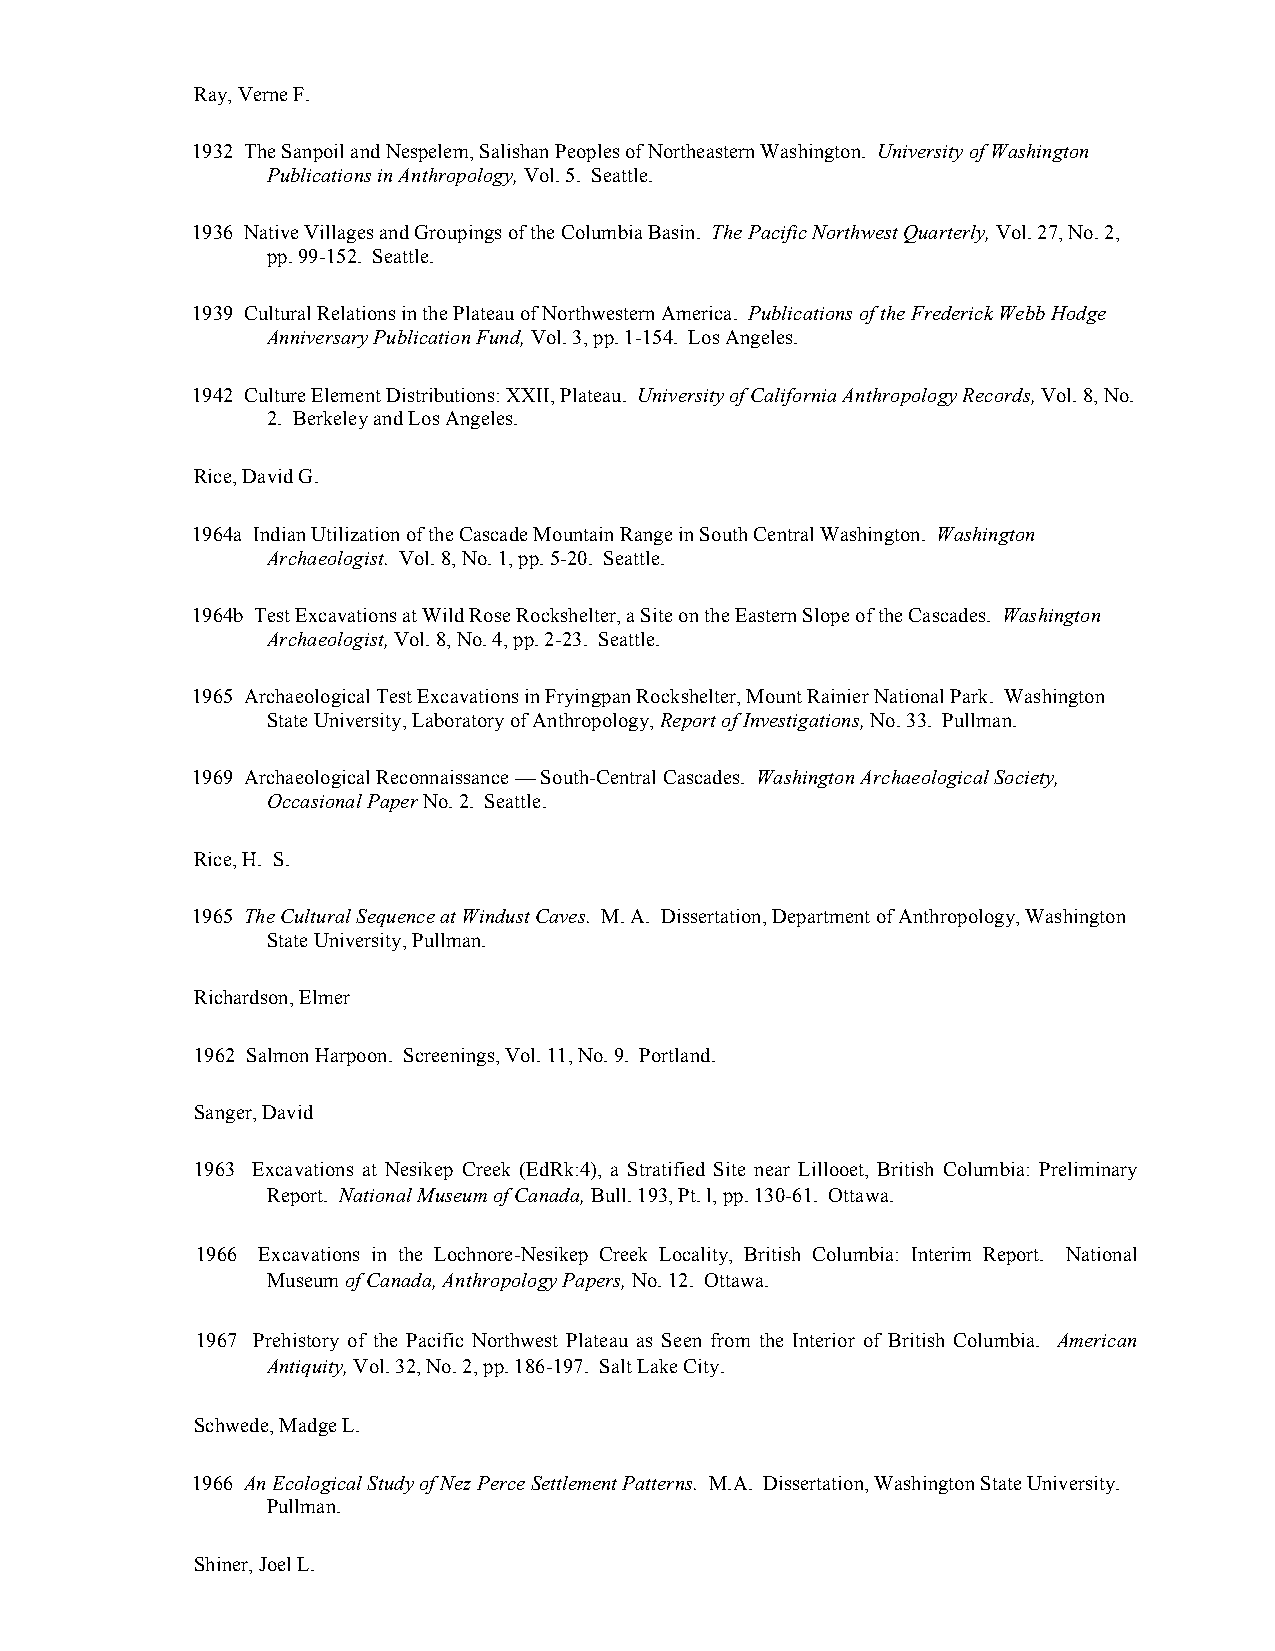
Ray, Verne F.
 1932 The Sanpoil and Nespelem, Salishan Peoples of Northeastern Washington. University of Washington
 Publications in Anthropology, Vol. 5. Seattle.
 1936 Native Villages and Groupings of the Columbia Basin. The Pacific Northwest Quarterly, Vol. 27, No. 2,
 pp. 99-152. Seattle.
 1939 Cultural Relations in the Plateau of Northwestern America. Publications of the Frederick Webb Hodge
 Anniversary Publication Fund, Vol. 3, pp. 1-154. Los Angeles.
 1942 Culture Element Distributions: XXII, Plateau. University of California Anthropology Records, Vol. 8, No.
 2. Berkeley and Los Angeles.
 Rice, David G.
 1964a Indian Utilization of the Cascade Mountain Range in South Central Washington. Washington
 Archaeologist. Vol. 8, No. 1, pp. 5-20. Seattle.
 1964b Test Excavations at Wild Rose Rockshelter, a Site on the Eastern Slope of the Cascades. Washington
 Archaeologist, Vol. 8, No. 4, pp. 2-23. Seattle.
 1965 Archaeological Test Excavations in Fryingpan Rockshelter, Mount Rainier National Park. Washington
 State University, Laboratory of Anthropology, Report of Investigations, No. 33. Pullman.
 1969 Archaeological Reconnaissance — South-Central Cascades. Washington Archaeological Society,
 Occasional Paper No. 2. Seattle.
 Rice, H. S.
 1965 The Cultural Sequence at Windust Caves. M. A. Dissertation, Department of Anthropology, Washington
 State University, Pullman.
 Richardson, Elmer
 1962 Salmon Harpoon. Screenings, Vol. 11, No. 9. Portland.
 Sanger, David
 1963 Excavations at Nesikep Creek (EdRk:4), a Stratified Site near Lillooet, British Columbia: Preliminary
 Report. National Museum of Canada, Bull. 193, Pt. l, pp. 130-61. Ottawa.
 1966 Excavations in the Lochnore-Nesikep Creek Locality, British Columbia: Interim Report. National
 Museum of Canada, Anthropology Papers, No. 12. Ottawa.
 1967 Prehistory of the Pacific Northwest Plateau as Seen from the Interior of British Columbia. American
 Antiquity, Vol. 32, No. 2, pp. 186-197. Salt Lake City.
 Schwede, Madge L.
 1966 An Ecological Study of Nez Perce Settlement Patterns. M.A. Dissertation, Washington State University.
 Pullman.
 Shiner, Joel L.